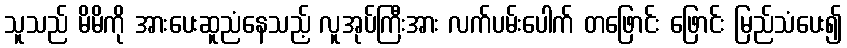
သူသည် မိမိကို အားပေးဆူညံနေသည့် လူအုပ်ကြီးအား လက်ပမ်းပေါက် တဖြောင်း ဖြောင်း မြည်သံပေး၍